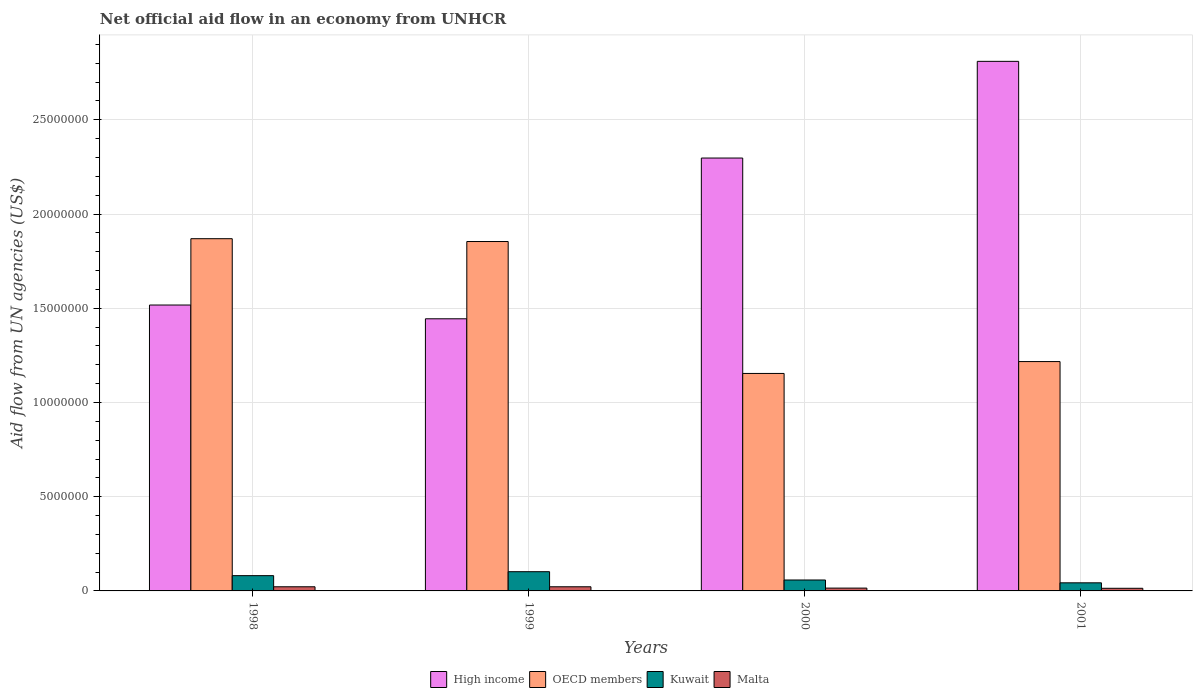
| Years | High income | OECD members | Kuwait | Malta |
 | --- | --- | --- | --- | --- |
 | 1998 | 1.52e+07 | 1.87e+07 | 8.1e+05 | 2.2e+05 |
 | 1999 | 1.44e+07 | 1.85e+07 | 1.02e+06 | 2.2e+05 |
 | 2000 | 2.3e+07 | 1.15e+07 | 5.8e+05 | 1.5e+05 |
 | 2001 | 2.81e+07 | 1.22e+07 | 4.3e+05 | 1.4e+05 |